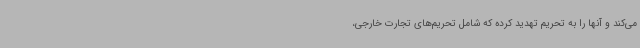
می‌کند و آنها را به تحریم تهدید کرده که شامل تحریم‌های تجارت خارجی،